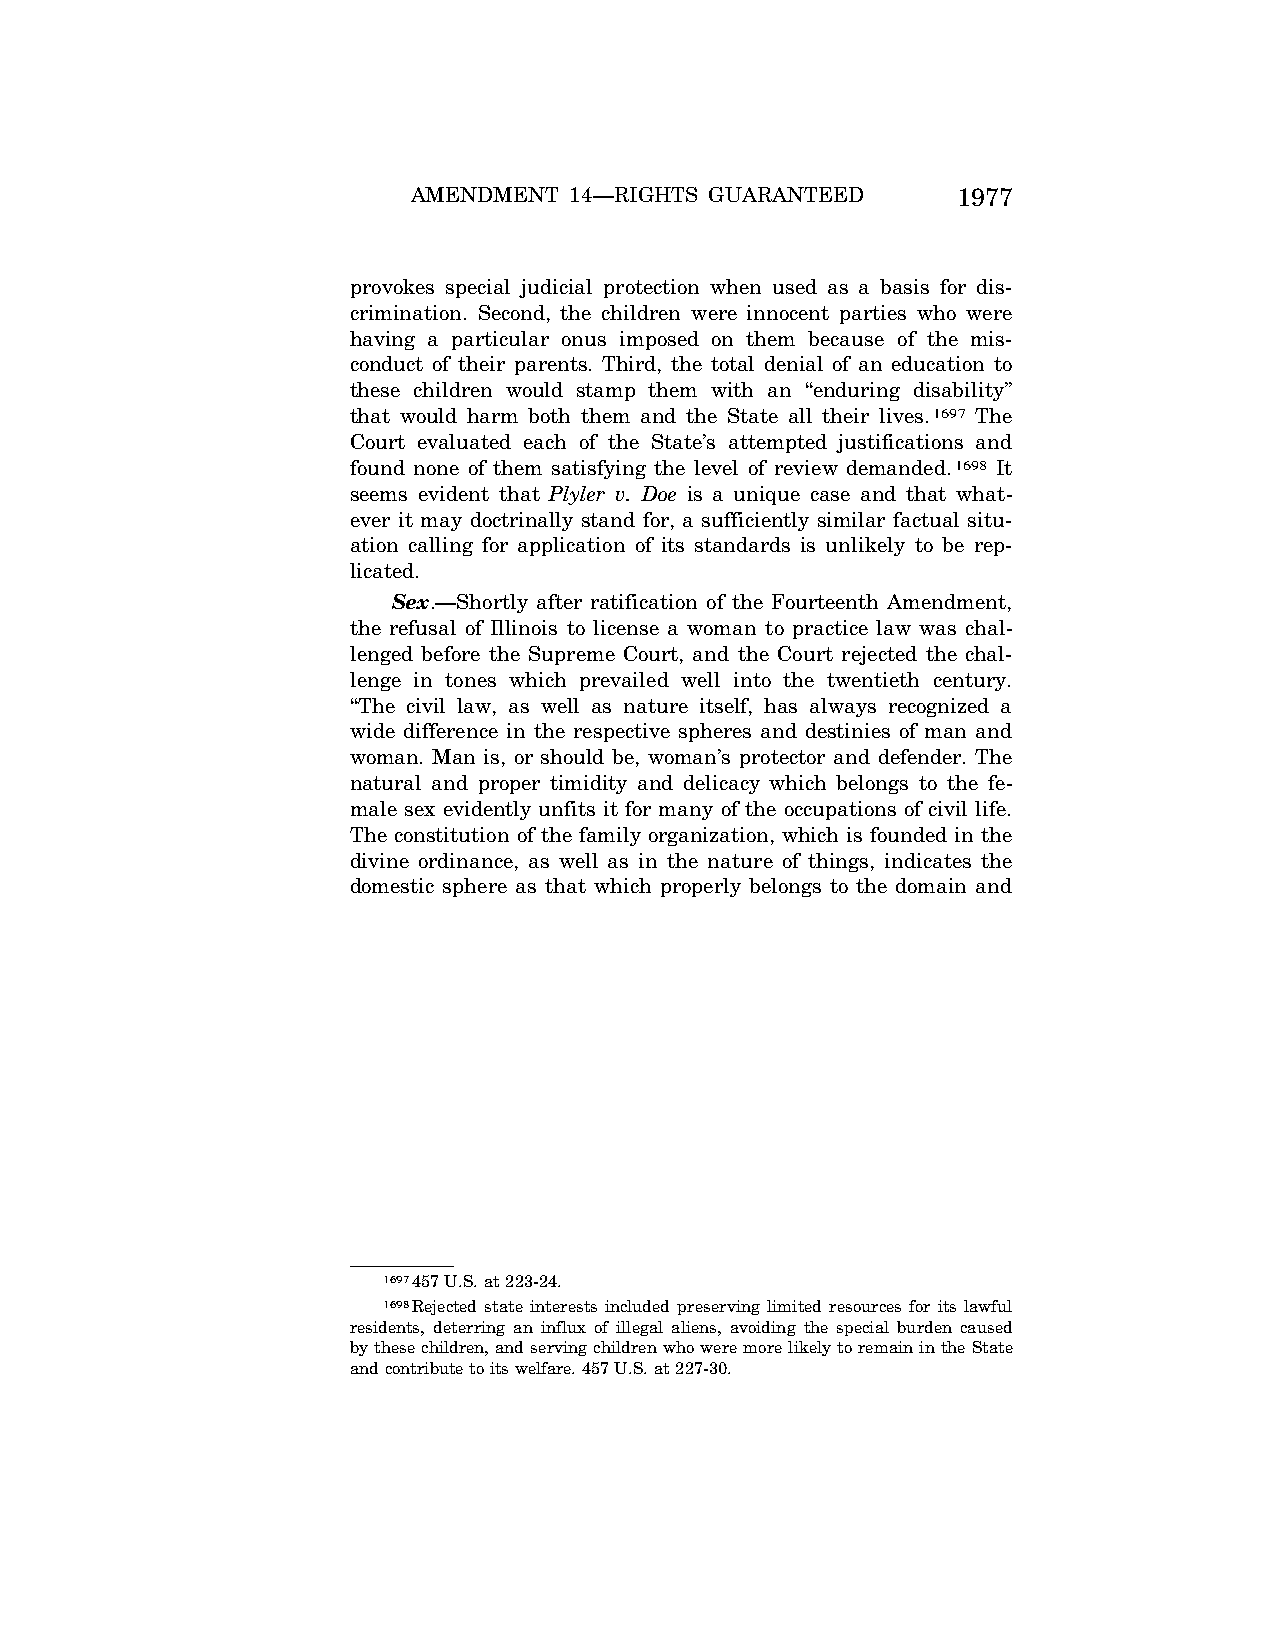
AMENDMENT  14—RIGHTS GUARANTEED     1977
 provokes special judicial protection when used as a basis for dis-
 crimination. Second, the children were innocent parties who were
 having a particular onus imposed on them because of the mis-
 conduct of their parents. Third, the total denial of an education to
 these children would stamp them with an ‘‘enduring disability’’
 that would harm both them and the State all their lives.1697 The
 Court evaluated each of the State’s attempted justifications and
 found none of them satisfying the level of review demanded.1698 It
 seems evident that Plyler v. Doe is a unique case and that what-
 ever it may doctrinally stand for, a sufficiently similar factual situ-
 ation calling for application of its standards is unlikely to be rep-
 licated.
 Sex.—Shortly after ratification of the Fourteenth Amendment,
 the refusal of Illinois to license a woman to practice law was chal-
 lenged before the Supreme Court, and the Court rejected the chal-
 lenge in tones which prevailed well into the twentieth century.
 ‘‘The civil law, as well as nature itself, has always recognized a
 wide difference in the respective spheres and destinies of man and
 woman. Man is, or should be, woman’s protector and defender. The
 natural and proper timidity and delicacy which belongs to the fe-
 male sex evidently unfits it for many of the occupations of civil life.
 The constitution of the family organization, which is founded in the
 divine ordinance, as well as in the nature of things, indicates the
 domestic sphere as that which properly belongs to the domain and
 1697457 U.S. at 223-24.
 1698Rejected state interests included preserving limited resources for its lawful
 residents, deterring an influx of illegal aliens, avoiding the special burden caused
 by these children, and serving children who were more likely to remain in the State
 and contribute to its welfare. 457 U.S. at 227-30.
 VerDate Jul<13>2004 05:44 Jul 13, 2004 Jkt 000000 PO 00000 Frm 00307 Fmt 8222 Sfmt 8222 \\GSDDPC41\YOURS-AND-MINE\CON046.SGM CON046